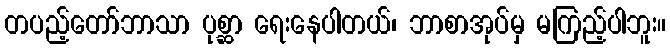
တပည့်တော်ဘာသာ ပုစ္ဆာ ရေးနေပါတယ်၊ ဘာစာအုပ်မှ မကြည့်ပါဘူး။